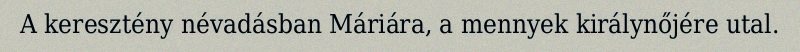
A keresztény névadásban Máriára, a mennyek királynőjére utal.